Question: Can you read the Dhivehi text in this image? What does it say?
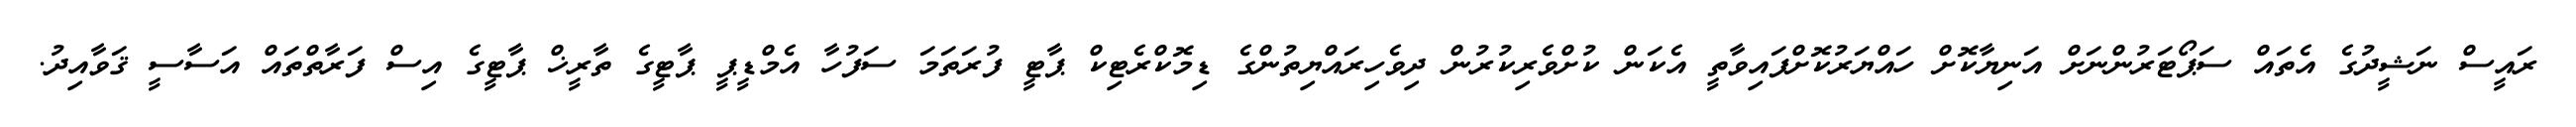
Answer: ރައީސް ނަޝީދުގެ އެތައް ސަޕޯޓަރުންނަށް އަނިޔާކޮށް ހައްޔަރުކޮށްފައިވާތީ އެކަން ކުށްވެރިކުރުން ދިވެހިރައްޔިތުންގެ ޑިމޮކްރެޓިކް ޕާޓީ ފުރަތަމަ ސަފުހާ އެމްޑީޕީ ޕާޓީގެ ތާރީޚް ޕާޓީގެ އިސް ފަރާތްތައް އަސާސީ ޤަވާއިދު.